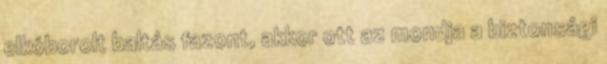
elkóborolt baltás fazont, akkor ott az mondja a biztonsági